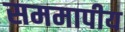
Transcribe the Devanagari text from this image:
सममापीय